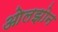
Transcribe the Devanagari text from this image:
ओलझोन